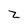
Character: z